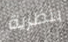
بنظرية